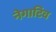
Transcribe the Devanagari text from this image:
नेगाटिव